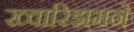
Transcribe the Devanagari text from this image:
ख्वारिझमने